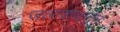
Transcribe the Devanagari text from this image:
जलाशयातून